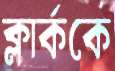
ক্লার্ককে